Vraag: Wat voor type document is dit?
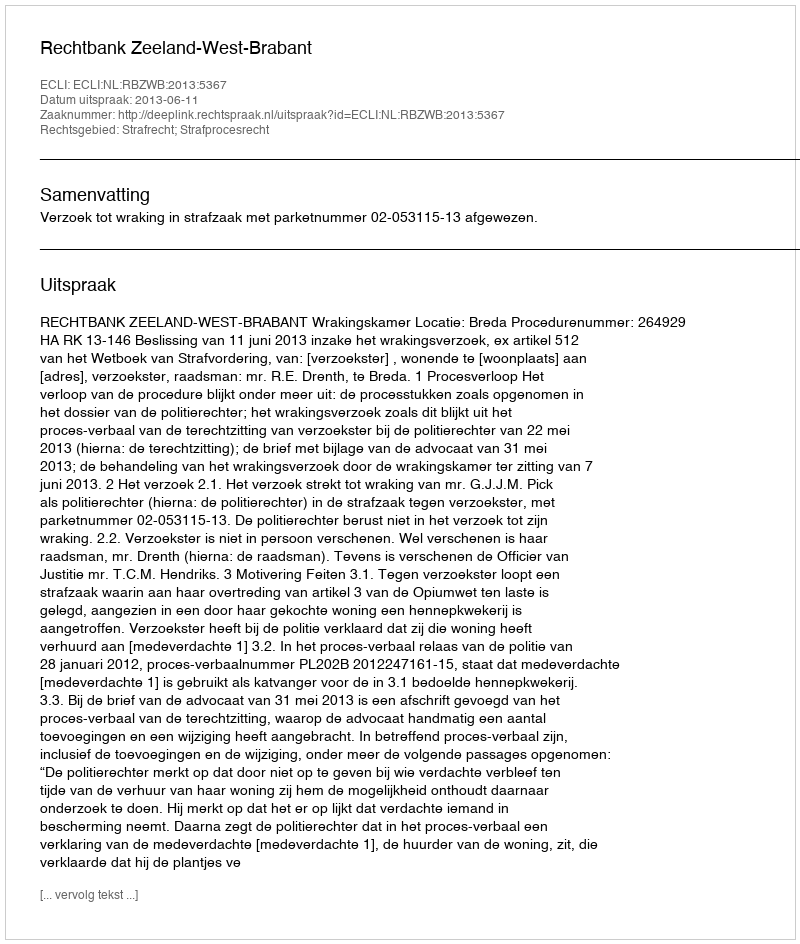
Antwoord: Uitspraak